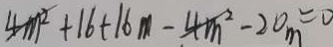
4 m ^ { 2 } + 1 6 + 1 6 m - 4 m ^ { 2 } - 2 0 _ { m } = 0